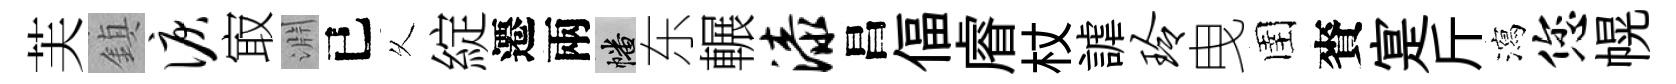
芙鎮泪㝡淵已乆綻遷兩幡东輾漆昌偪𥈠杖謔玲曳圉賚寔斤瀉您幌